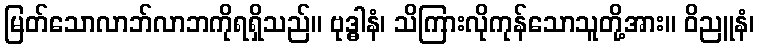
မြတ်သောလာဘ်လာဘကိုရရှိသည်။ ဗုဒ္ဓါနံ၊ သိကြားလိုကုန်သောသူတို့အား။ ဝိညူနံ၊